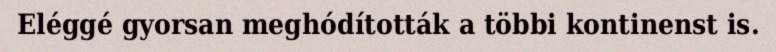
Eléggé gyorsan meghódították a többi kontinenst is.